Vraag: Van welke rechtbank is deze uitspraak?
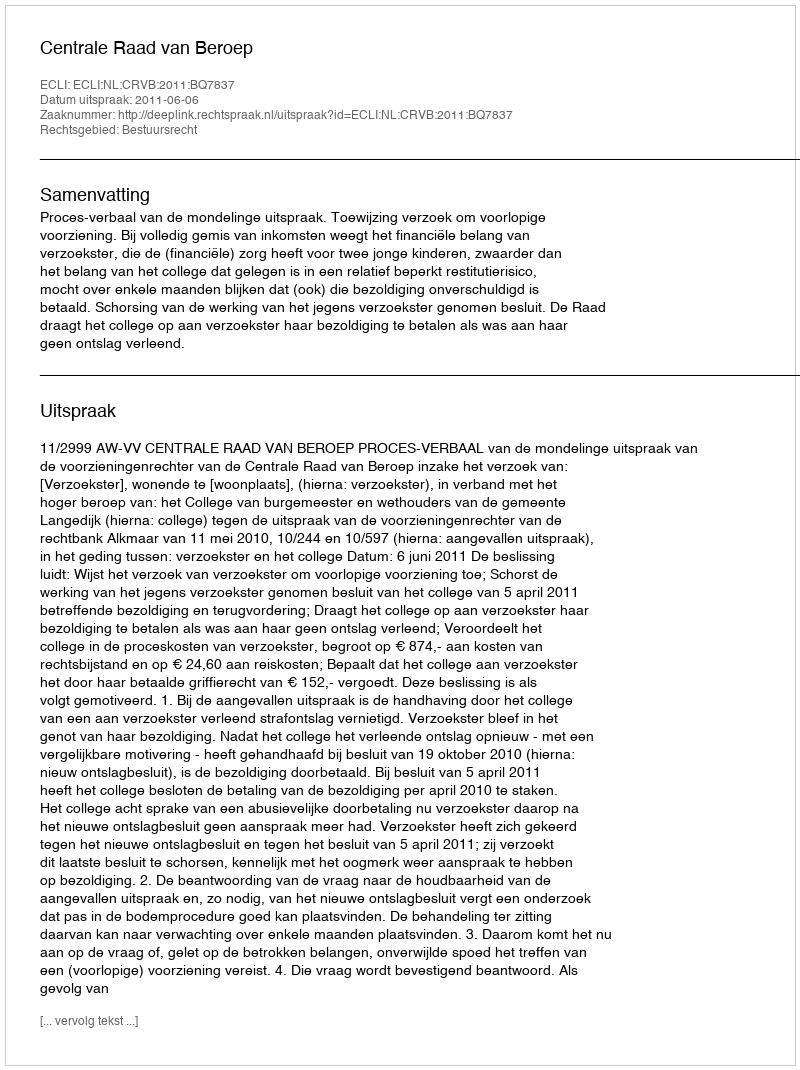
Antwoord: Centrale Raad van Beroep